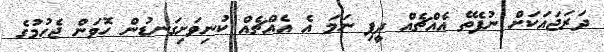
ދަރަޖައަކަށް ނުފެތޭ އެއްޗެއް ދީފި ނަމަ އެ އެއްޗެއް ކުނިވަށިގަނޑުން ހޮވަން ޖެހުމުގެ